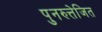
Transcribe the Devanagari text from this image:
पुनरुत्तेजित